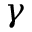
\gamma